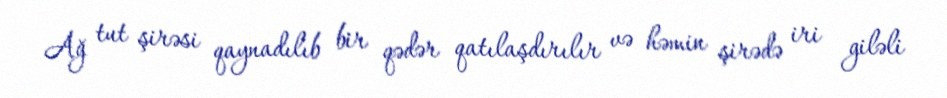
Ağ tut şirəsi qaynadılıb bir qədər qatılaşdırılır və həmin şirədə iri giləli